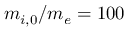
m _ { i , 0 } / m _ { e } = 1 0 0